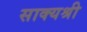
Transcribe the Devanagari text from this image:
साक्यश्री